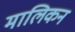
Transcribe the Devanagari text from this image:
मालिकन